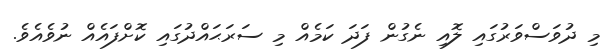
މި ދުވަސްވަރުގައި ލޮއި ނެގުން ފަދަ ކަމެއް މި ސަރަޙައްދުގައި ކޮށްފައެއް ނުވެއެވެ.